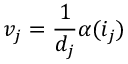
v _ { j } = { \frac { 1 } { d _ { j } } } \alpha ( i _ { j } )